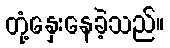
တုံ့နှေးနေခဲ့သည်။